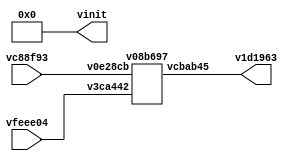
// Code generated by Icestudio 0.3.0
// Mon, 28 Aug 2017 14:31:46 GMT

`default_nettype none

module main (
 input vc88f93,
 input vfeee04,
 output v1d1963,
 output [0:4] vinit
);
 wire w0;
 wire w1;
 wire w2;
 assign w0 = vc88f93;
 assign w1 = vfeee04;
 assign v1d1963 = w2;
 v08b697 vc3a7e9 (
  .v0e28cb(w0),
  .v3ca442(w1),
  .vcbab45(w2)
 );
 assign vinit = 5'b00000;
endmodule

module v08b697 (
 input v0e28cb,
 input v3ca442,
 output vcbab45
);
 wire w0;
 wire w1;
 wire w2;
 assign w0 = v0e28cb;
 assign w1 = v3ca442;
 assign vcbab45 = w2;
 v08b697_vf4938a vf4938a (
  .a(w0),
  .b(w1),
  .c(w2)
 );
endmodule

module v08b697_vf4938a (
 input a,
 input b,
 output c
);
 // XOR logic gate
 
 assign c = a ^ b;
endmodule